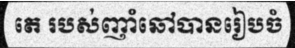
តេ របស់ញាំឆៅបានរៀបចំ